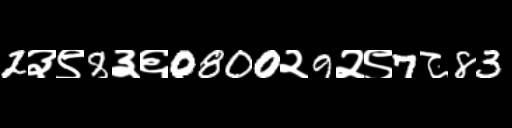
Text: 2३९8३६0800२9२९7८83